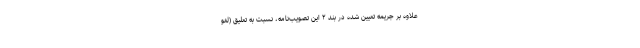
علاوه بر جریمه تعیین شده در بند ۲ این تصویب‌نامه، نسبت به تعلیق (لغو